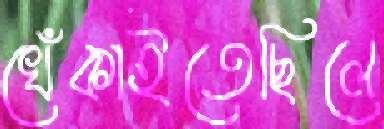
খেঁকাইতেছিলে